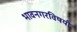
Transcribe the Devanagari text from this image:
भावनगरविषयी